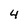
Character: 4